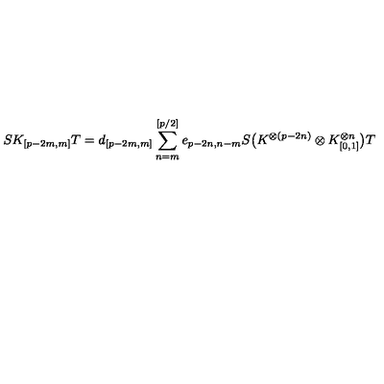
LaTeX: S K _ { [ p - 2 m , m ] } T = d _ { [ p - 2 m , m ] } \sum _ { n = m } ^ { [ p / 2 ] } e _ { p - 2 n , n - m } S \bigl ( K ^ { \otimes ( p - 2 n ) } \otimes K _ { [ 0 , 1 ] } ^ { \otimes n } \bigr ) T